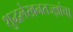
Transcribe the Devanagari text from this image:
शुद्धलेखनतज्‍ज्ञांचा